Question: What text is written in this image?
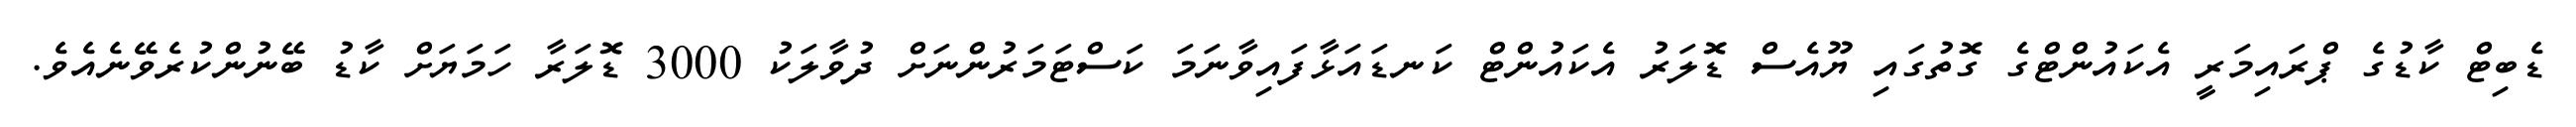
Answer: ޑެބިޓް ކާޑުގެ ޕްރައިމަރީ އެކައުންޓްގެ ގޮތުގައި ޔޫއެސް ޑޮަލަރު އެކައުންޓް ކަނޑައަޅާފައިވާނަމަ ކަސްޓަމަރުންނަށް ދުވާލަކު 3000 ޑޮލަރާ ހަމަޔަށް ކާޑު ބޭނުންކުރެވޭނެއެވެ.